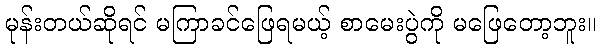
မုန်းတယ်ဆိုရင် မကြာခင်ဖြေရမယ့် စာမေးပွဲကို မဖြေတော့ဘူး။